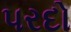
પરદો